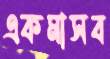
একমাসব